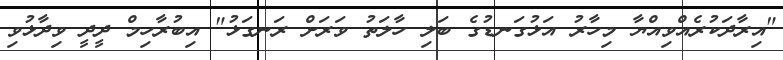
"އިރާދަކުރެއްވިއްޔާ މިހާރު އަޅުގަނޑުގެ ބަލި ހާލަތު ވަރަށް ރަނގަޅު" އިބުރާހިމް ދީދީ ވިދާޅުވި